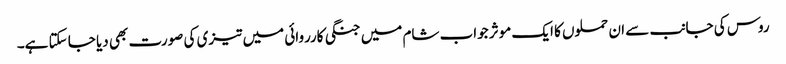
روس کی جانب سے ان حملوں کا ایک موثر جواب شام میں جنگی کارروائی میں تیزی کی صورت بھی دیا جا سکتا ہے۔